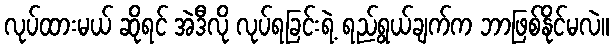
လုပ်ထားမယ် ဆိုရင် အဲဒီလို လုပ်ရခြင်းရဲ့ ရည်ရွယ်ချက်က ဘာဖြစ်နိုင်မလဲ။